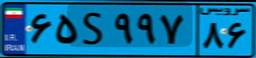
۵۹S۸۳۹۳۸